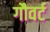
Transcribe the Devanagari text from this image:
गौवर्ट